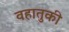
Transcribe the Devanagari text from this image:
वहातुकी